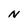
Character: N